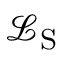
\mathcal { L } _ { \mathrm { S } }